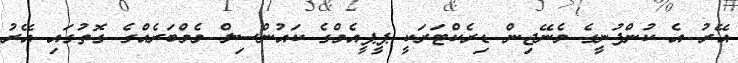
އޭރު އެ ކުންފުނީގެ މެނޭޖިން ޑިރެކްޓަރަކީ ޕީޕީއެމްގެ ކައުންސިލް މެމްބަރެއްގެ ގޮތުގައި އޭރު